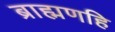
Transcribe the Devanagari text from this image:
ब्राह्मणहि